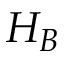
H _ { B }